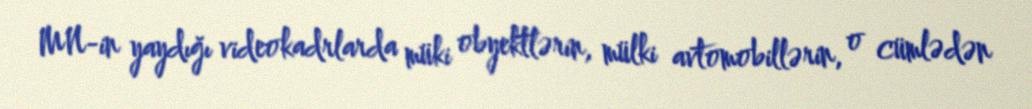
MN-in yaydığı videokadrlarda müki obyektlərin, mülki avtomobillərin, o cümlədən